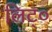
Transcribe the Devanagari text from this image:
लिट्०